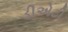
ડીએટી